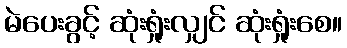
မဲပေးခွင့် ဆုံးရှုံးလျှင် ဆုံးရှုံးစေ။